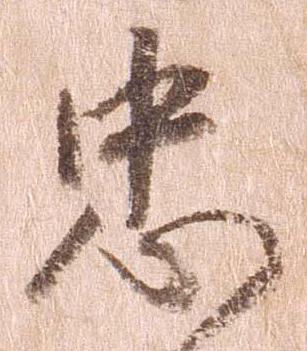
忠